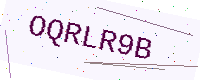
Text: OQRLR9B